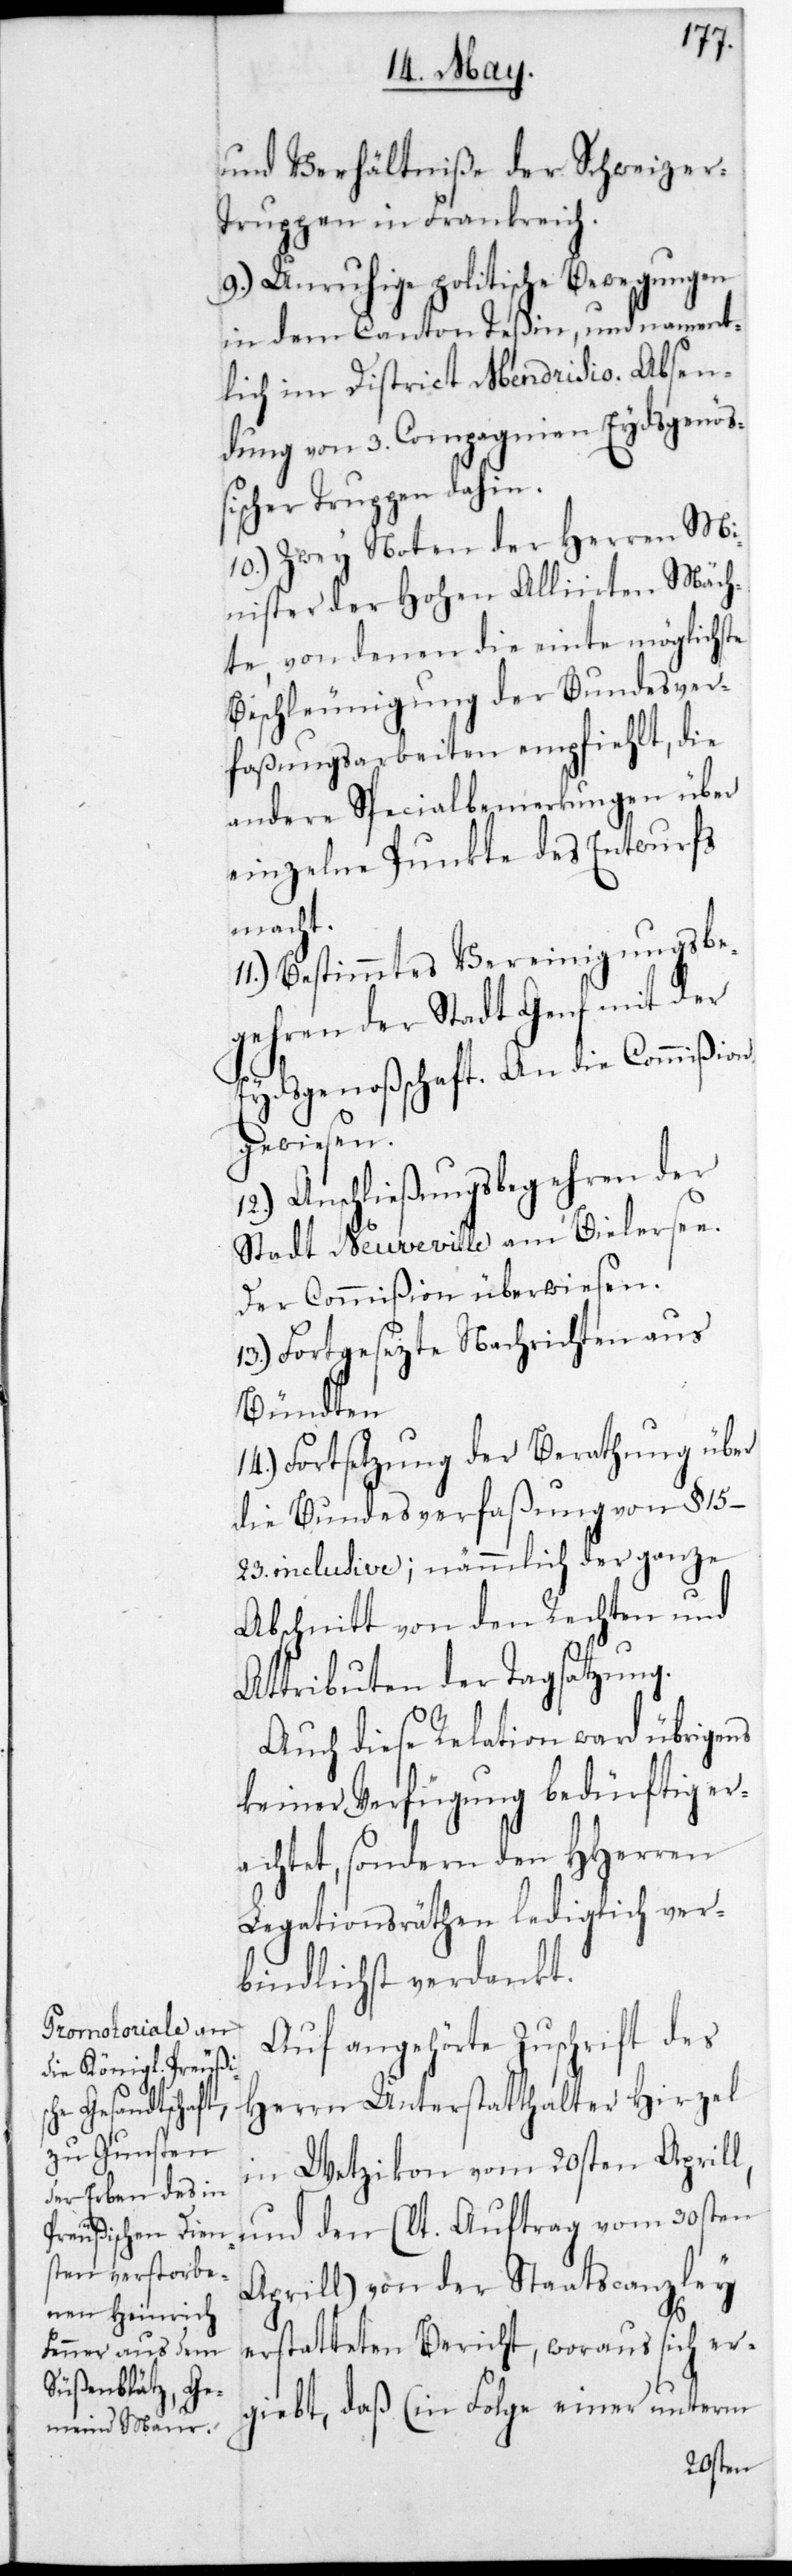
und Verhältniße der Schweizer
Truppen in Frankreich.
9.) Unruhige politische Bewegungen
in dem Canton Teßin, und nament¬
lich im District Mendrisio; Absen¬
dung von drey Compagnien Eydsgenöß¬
ischer Truppen dahin.
10.) Zwey Noten der Herren Mi¬
nister der Hohen Alliirten Mäch¬
te, von denen die einte möglichste
Beschleunigung der Bundesver¬
faßungsarbeiten empfiehlt, die
andere Spezialbemerkungen über
einzelne Punkte des Entwurfs
macht.
11.) Bestimmtes Vereinigungsbe¬
gehren der Stadt Genf mit der
Eydsgenoßenschaft; an die Commißion
gewiesen.
12.) Anschließungsbegehren der
Stadt Neuveville am Bielersee;
der Commißion überwiesen.
13.) Fortgesezte Nachrichten aus
Bündten.
14.) Fortsetzung der Berathung über
die Bundesverfaßung von §.
15-23. inclusive; nämmlich der ganze
Abschnitt von den Rechten und
Attributen der Tagsatzung.
Auch diese Relation ward übrigens
keiner Verfügung bedürftig er¬
achtet, sondern den HHerren
Legationsräthen lediglich ver¬
bindlichst verdankt.
Auf angehörte Zuschrift des
Herrn Unterstatthalter Hirzel
in Wetzikon vom 20sten Aprill,
und den (laut Auftrag vom 30sten
Aprill) von der Staatscanzley
erstatteten Bericht, woraus sich er¬
gibt, daß (in Folge einer unterm